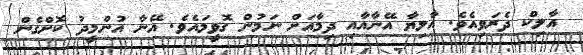
އާލިކް ދެރަވިއެވެ. އާލިޔާ އޭނާއާއި ދިމާއަށް ނަމުން ގޮވީމައެވެ. އޭނާ އުންމީދު ކޮށްގެން